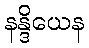
နန္ဒိယေန